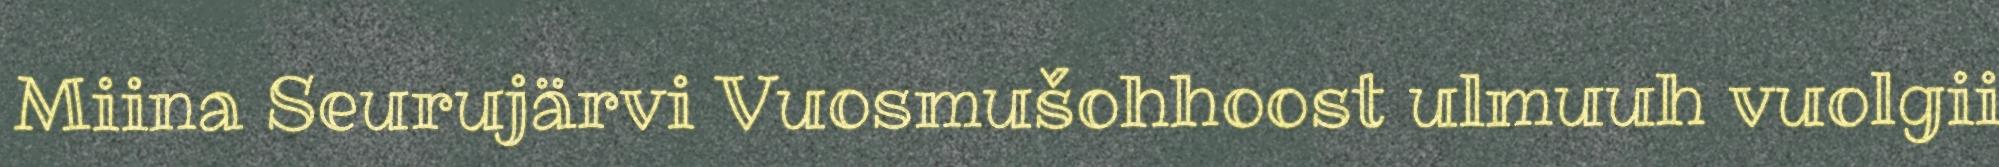
Miina Seurujärvi Vuosmušohhoost ulmuuh vuolgii